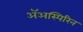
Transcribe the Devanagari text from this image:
ॲअस्पिरिन